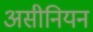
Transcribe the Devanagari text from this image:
असीनियन